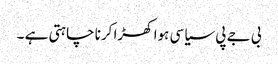
بی جے پی سیاسی ہوا کھڑا کرنا چاہتی ہے ۔